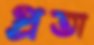
প্রতা